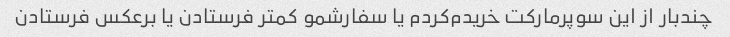
چندبار از این سوپرمارکت خریدم‌کردم یا سفارشمو کمتر فرستادن یا برعکس فرستادن